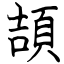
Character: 頡